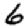
Digit: 6